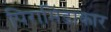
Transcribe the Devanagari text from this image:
पिरामिडाकार